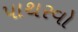
પાથરવો